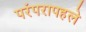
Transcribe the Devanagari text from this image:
परंपरापहले